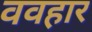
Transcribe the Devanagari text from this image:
ववहार